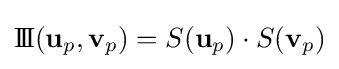
\mathrm {I\!I\!I} (\mathbf {u} _{p},\mathbf {v} _{p})=S(\mathbf {u} _{p})\cdot S(\mathbf {v} _{p})